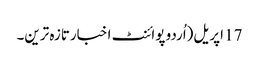
17 اپریل(اُردو پوائنٹ اخبارتازہ ترین۔